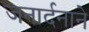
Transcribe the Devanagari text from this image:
जनार्दनाने